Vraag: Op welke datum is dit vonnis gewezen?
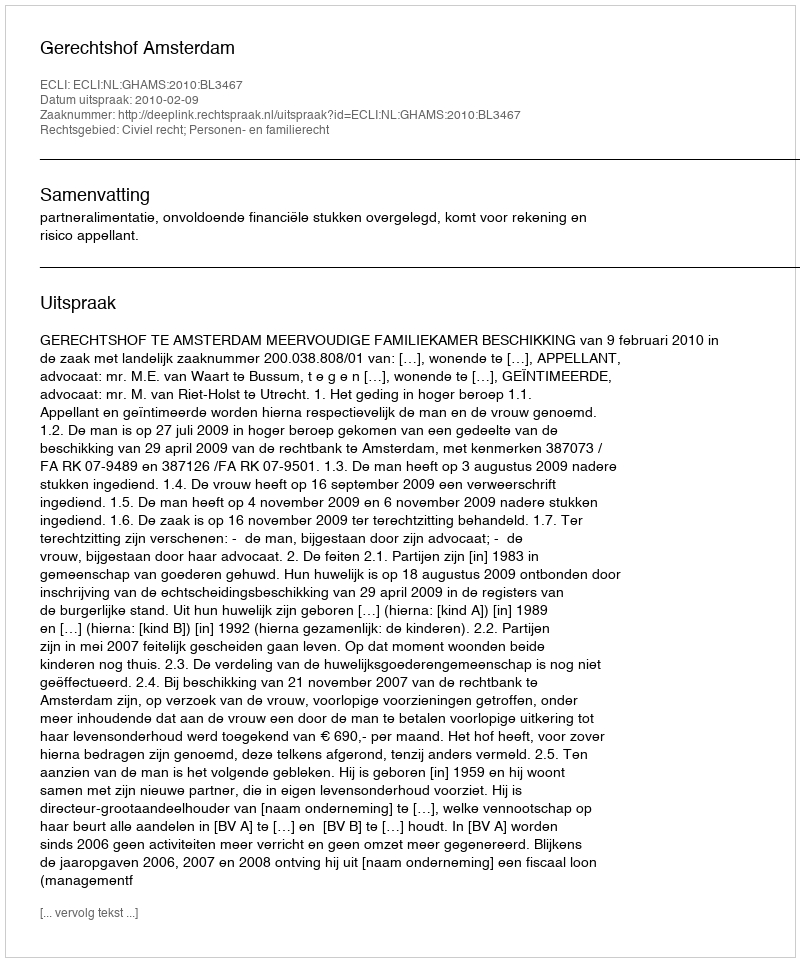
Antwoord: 2010-02-09